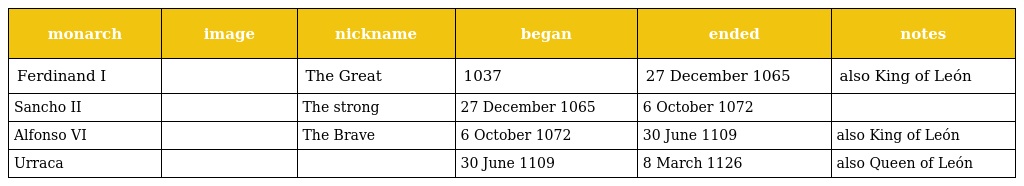
| monarch | image | nickname | began | ended | notes |
 | --- | --- | --- | --- | --- | --- |
 | Ferdinand I |  | The Great | 1037 | 27 December 1065 | also King of León |
 | Sancho II |  | The strong | 27 December 1065 | 6 October 1072 |  |
 | Alfonso VI |  | The Brave | 6 October 1072 | 30 June 1109 | also King of León |
 | Urraca |  |  | 30 June 1109 | 8 March 1126 | also Queen of León |